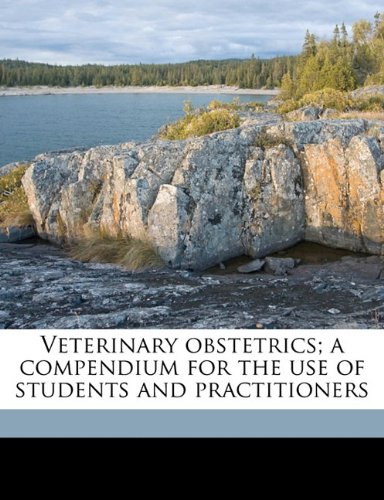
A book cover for Veterinary obstetrics; a compendium for the use of students and practitioners; William Haddock Dalrymple; Medical Books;